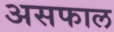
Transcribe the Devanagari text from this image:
असफाल